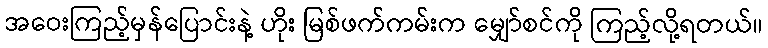
အဝေးကြည့်မှန်ပြောင်းနဲ့ ဟိုး မြစ်ဖက်ကမ်းက မျှော်စင်ကို ကြည့်လို့ရတယ်။